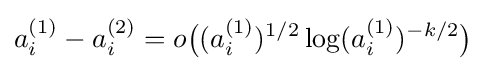
a_{i}^{(1)}-a_{i}^{(2)}=o{\big (}(a_{i}^{(1)})^{1/2}\log(a_{i}^{(1)})^{-k/2}{\big )}